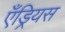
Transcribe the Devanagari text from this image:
एँड्रियस